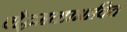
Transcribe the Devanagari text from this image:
बौद्धमतप्रभावित